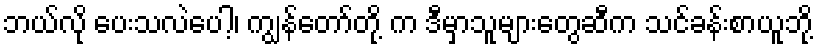
ဘယ်လို ပေးသလဲပေါ့၊ ကျွန်တော်တို့ က ဒီမှာသူများတွေဆီက သင်ခန်းစာယူဘို့